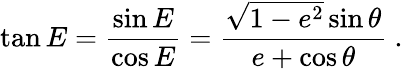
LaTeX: \tan E={\frac{\sin E}{\cos E}}={\frac{{\sqrt{1-e^{2}}}\sin\theta}{e+\cos\theta}}\ .